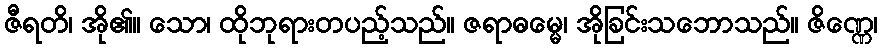
ဇီရတိ၊ အို၏။ သော၊ ထိုဘုရားတပည့်သည်။ ဇရာဓမ္မေ၊ အိုခြင်းသဘောသည်။ ဇိဏ္ဏေ၊